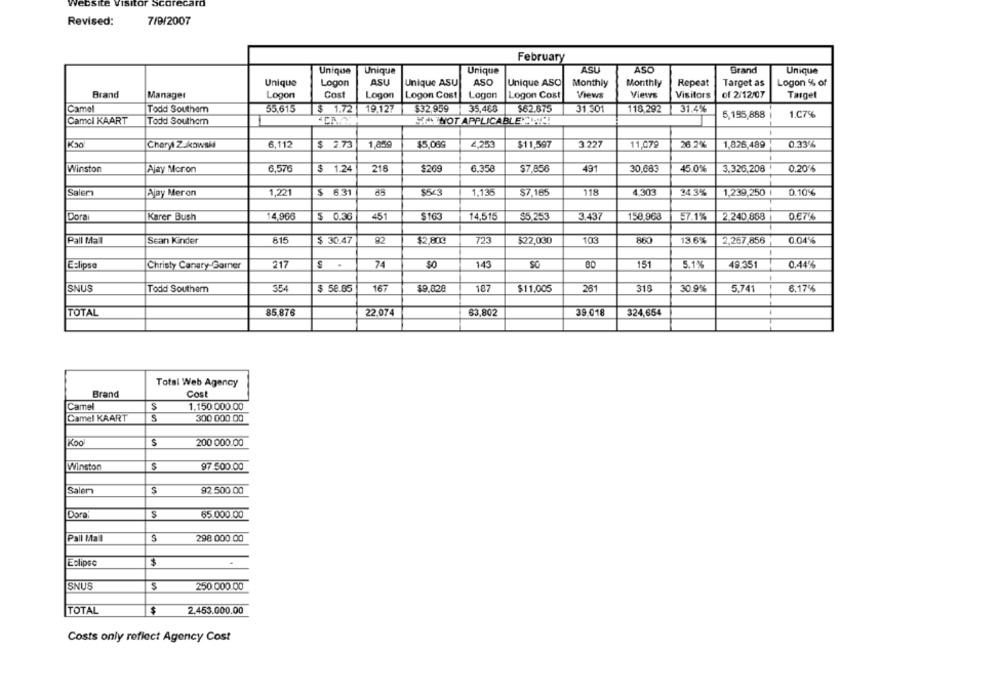
7/9/2007
Revised:
February
ASU
ASO
Brand
Unique
Unique
Unique
Unique
Unique
Logon
ASU
Unique ASU
ASO
Unique ASO
Monthly
Monthly
Repeat
Target as
Logon % of
Brand
Manager
Logon
Cost
Logon
Logon Cost
Logon
Logon Cost
Views
Views
Visitors
of 2/12/07
Taiget
Camel
Todd Southam
55.615
$ 1.72
19.127
$32.959
35,488
$62.875
31 301
118.292
31.4%
5,195,888
1.C7%
Camcl KAART
Todd Southern
MAYNOT APPLICABLE !!!!!
Cheryl ZUkowski
6,112
$ 2.73
1,859
$5,088
4,253
$11,597
3 227
11,072
26 2%
1,826,489
0.33%
Winston
Ajay Moron
6,570
$ 1.24
216
$269
6.358
$7,856
491
30,683
45.0%
3.326,208
0.20%
Salem
Ajay Meron
1,221
$ 6.31
88
$523
1,135
$7,165
118
4.303
34.3%
1,239,250
0.10%
Dora
Karer Bush
14,966
$ 0.36
451
$163
14,515
$5.253
3.437
158.968
57.1%
2.240 868
0.67%
Pall Mall
Sean Kinder
615
$ 30.47
92
$2,800
$22,030
103
860
13.6%
2.267,856
0.04%
Eclipse
Christy Canary-Garner
217
74
143
SC
151
5.1%
48.351
0.44%
SNUS
Todd Southem
354
$ 58.85
167
$9,828
187
$11,005
281
313
30.9%
5.741
6.17%
TOTAL
22.074
63,802
324,654
85.876
39.018
Total Web Agency
Brand
Cost
Camel
S
1.150.000.00
Camel KAART
S
300 000.00
Koo
S
200 000.00
Winston
97 500.00
Salem
S
92 500 00
Dora
$
65.000.00
Pall Mall
S
298 000.00
$
Eclipse
SNUS
$
250 000.00
$
TOTAL
2.453.000.00
Costs only reflect Agency Cost